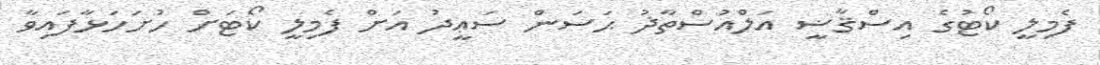
ފެމިލީ ކޯޓުގެ އިސްޤާޟީ އަލްއުސްތާޛު ޙަސަން ސަޢީދު އަށް ފެމިލީ ކޯޓަށް ހުށަހަޅާފައިވާ